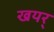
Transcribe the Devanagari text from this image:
खयर्